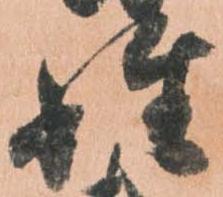
姓